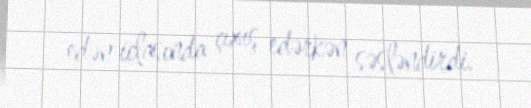
edən iclasında çıxış edərkən səsləndirdi.